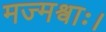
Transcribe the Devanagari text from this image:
मज्मश्वाः।